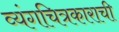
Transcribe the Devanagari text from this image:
व्यंगचित्रकाराची